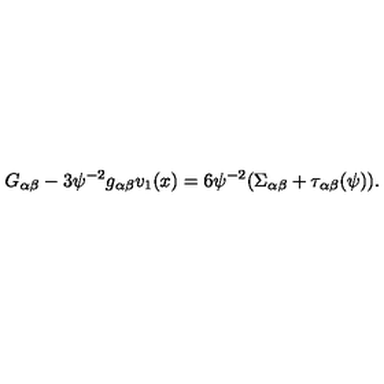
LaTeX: G _ { \alpha \beta } - 3 \psi ^ { - 2 } g _ { \alpha \beta } v _ { 1 } ( x ) = 6 \psi ^ { - 2 } ( \Sigma _ { \alpha \beta } + \tau _ { \alpha \beta } ( \psi ) ) .